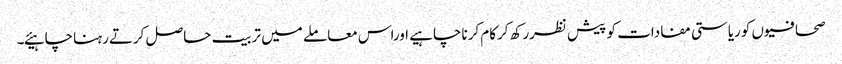
صحافیوں کوریاستی مفادات کو پیش نظررکھ کرکام کرناچاہیے اوراس معاملے میں تربیت حاصل کرتےرہناچاہیئے۔